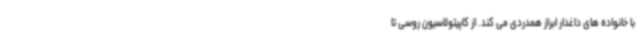
با خانواده های داغدار ابراز همدردی می کند. از کاپیتولاسیون روسی تا